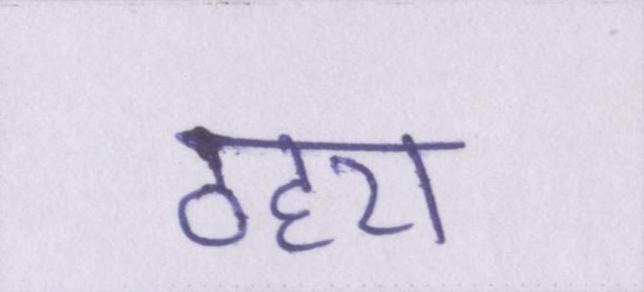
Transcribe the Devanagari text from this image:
ठहरा